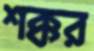
শক্কর